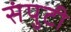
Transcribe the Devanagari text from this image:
संपुटी